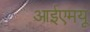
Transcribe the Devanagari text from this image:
आईएमयू